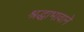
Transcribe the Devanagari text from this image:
श्रद्धाभावाने